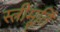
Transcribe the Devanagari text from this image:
स्त्रीमूर्ति